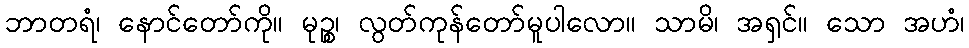
ဘာတရံ၊ နောင်တော်ကို။ မုဉ္စ၊ လွတ်ကုန်တော်မူပါလော။ သာမိ၊ အရှင်။ သော အဟံ၊